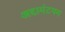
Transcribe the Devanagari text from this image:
अद्दामंटपम